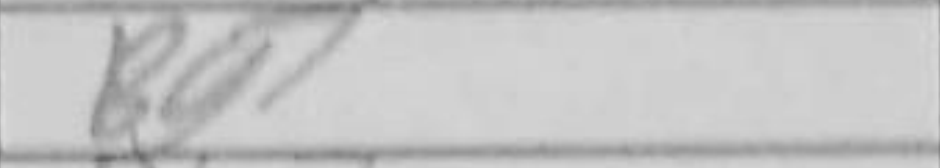
Transcription: Bg7